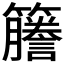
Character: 𫂭